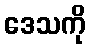
ဒေသကို